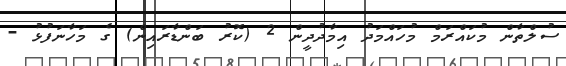
ސުލްތާން މުކައްރަމް މުހައްމަދު އިމާދުދީން 2 (ކޮރު ބަންޑާރައިން) ގެ މަހާނަފުޅު -